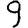
Digit: 9